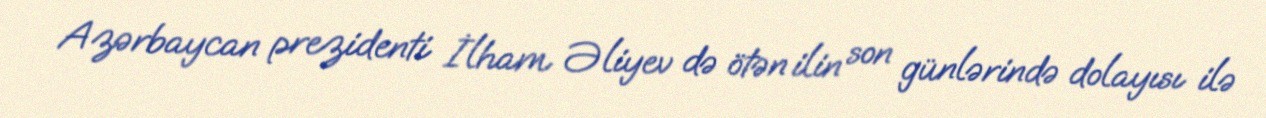
Azərbaycan prezidenti İlham Əliyev də ötən ilin son günlərində dolayısı ilə